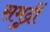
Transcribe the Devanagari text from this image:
समुद्रीं